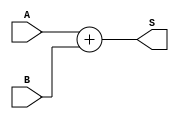
`timescale 1ns / 1ps
module Adder32(A,B,S);
	input [31:0] A,B;
	output reg [31:0] S;
	
	always@(A,B) begin
		S <= A+B;
	end
endmodule